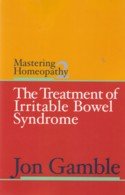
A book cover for Mastering Homeopathy 2 - The Treatment of Irritable Bowel Syndrome; Jon Gamble; Health, Fitness & Dieting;